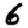
Digit: 6